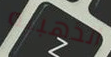
الذهبيه